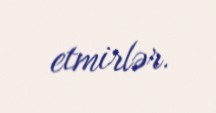
etmirlər.